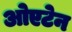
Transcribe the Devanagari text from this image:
ओएटेन